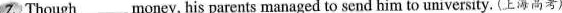
7, Though___money, his parents managed to send him to university. (上海高考)